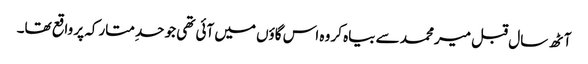
آٹھ سال قبل میر محمد سے بیاہ کر وہ اس گاؤں میں آئی تھی جو حدِ متارکہ پر واقع تھا۔